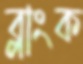
ব্লাংক